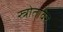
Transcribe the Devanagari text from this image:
स्त्रोतांवर